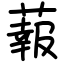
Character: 蕔